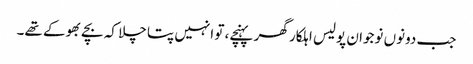
جب دونوں نوجوان پولیس اہلکار گھر پہنچے، تو انہیں پتا چلا کہ بچے بھوکے تھے۔